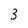
Character: 3